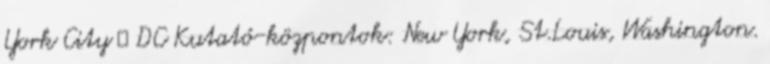
York City  DC Kutató-központok: New York, St.Louis, Washington.